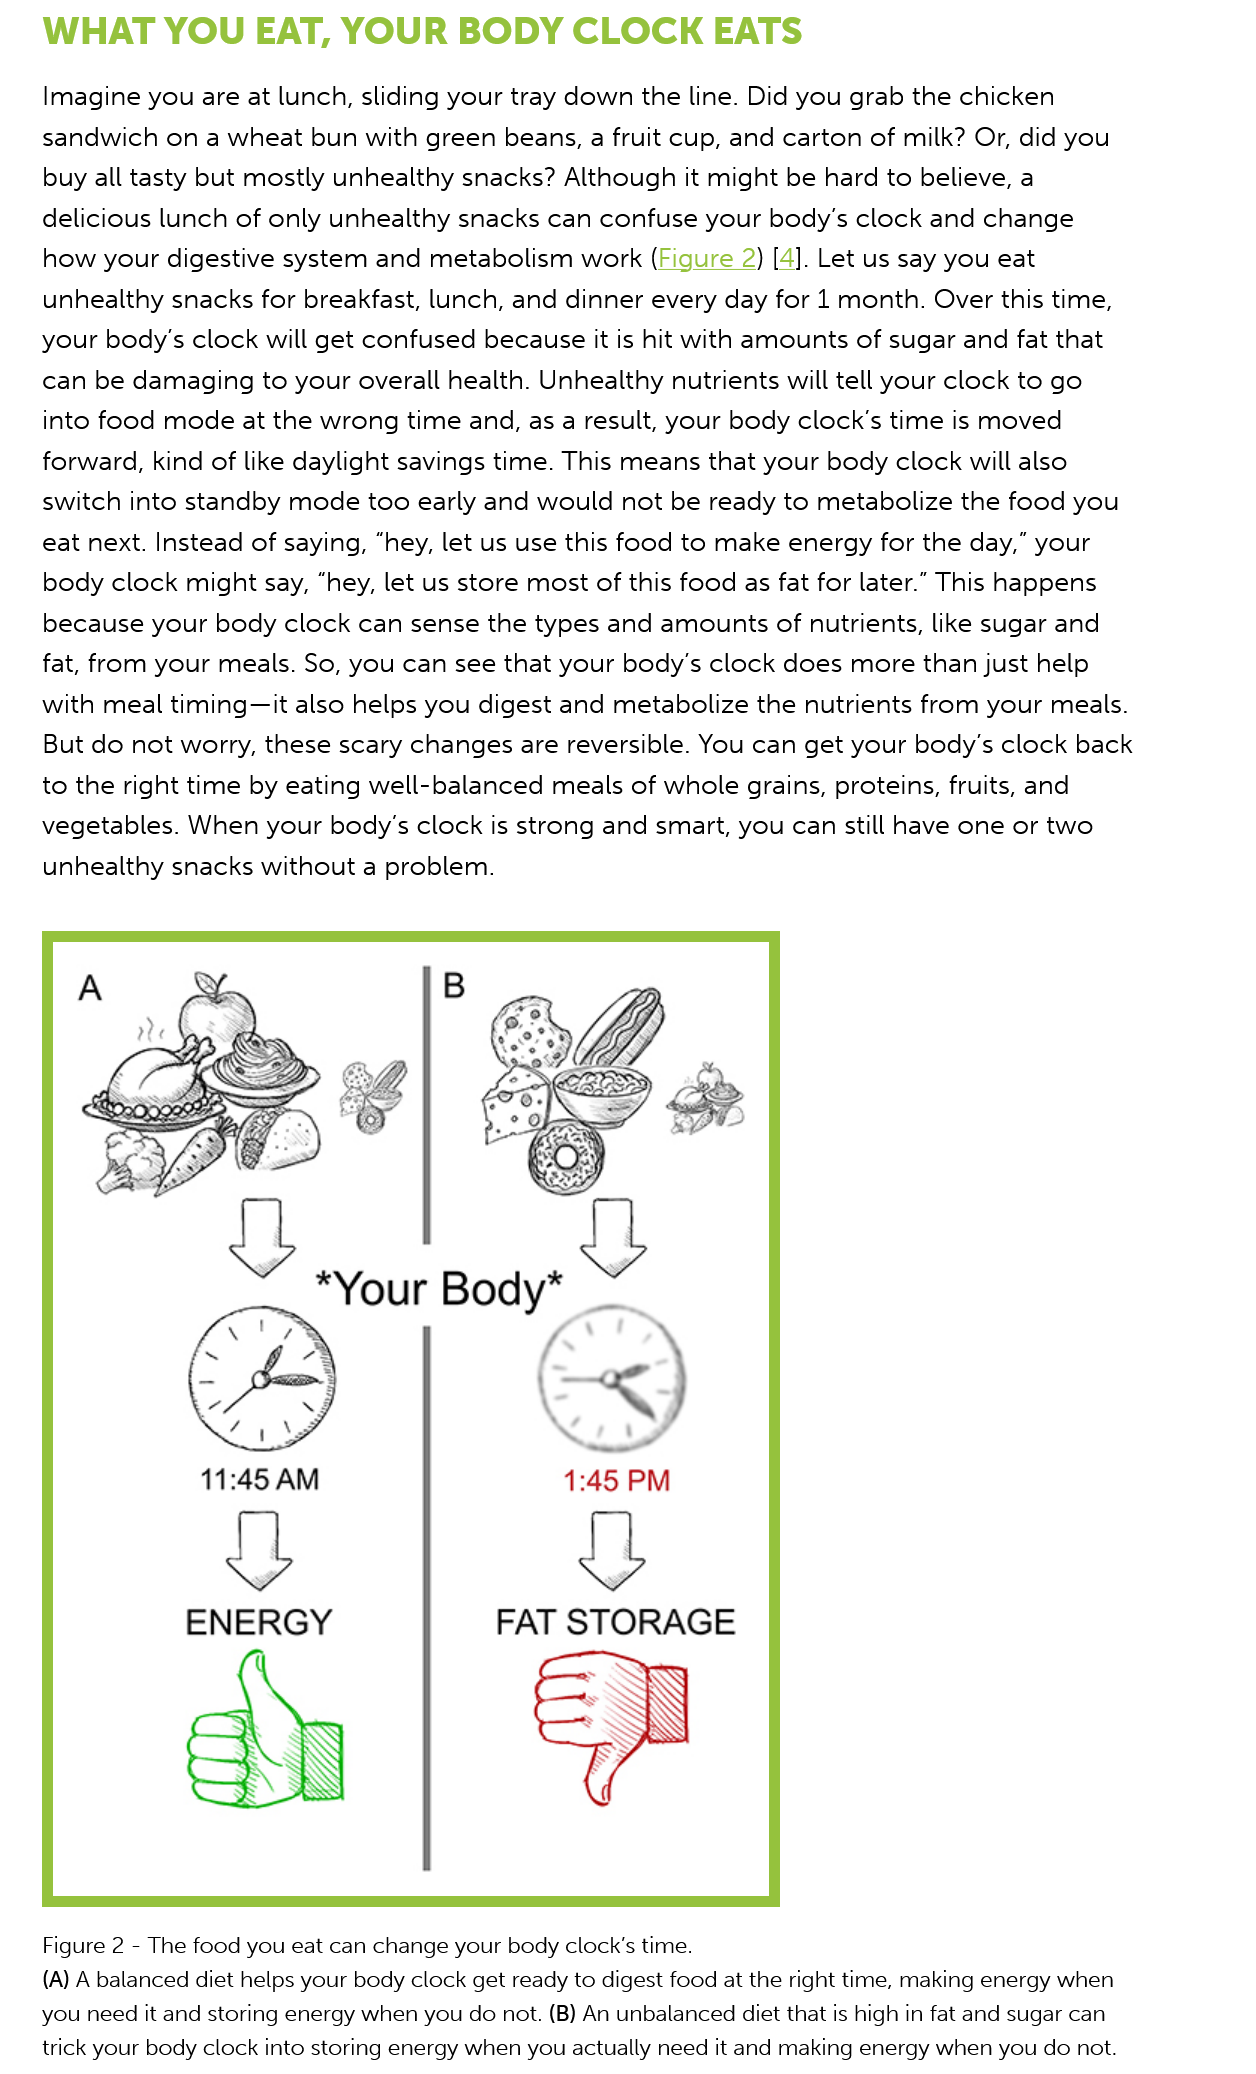
WHAT   YOU    EAT,   YOUR    BODY    CLOCK    EATS
    Imagine you are at lunch, sliding your tray down the line. Did you grab the chicken
    sandwich  on a wheat bun  with green beans, a fruit cup, and carton of milk? Or, did you
    buy all tasty but mostly unhealthy snacks? Although it might be hard to believe, a
    delicious lunch of only unhealthy snacks can confuse your body’s clock and change
    how  your digestive system and metabolism  work (Figure  2) [4]. Let us say you eat
    unhealthy snacks for breakfast, lunch, and dinner every day for 1 month. Over this time,
    your body's clock will get confused because it is hit with amounts of sugar and fat that
    can be damaging  to your overall health. Unhealthy nutrients will tell your clock to go
    into food mode at the wrong time  and, as a result, your body clock’s time is moved
    forward, kind of like daylight savings time. This means that your body clock will also
    switch into standby mode too  early and would not be ready to metabolize the food you
    eat next. Instead of saying, “hey, let us use this food to make energy for the day,” your
    body clock might say, “hey, let us store most of this food as fat for later.” This happens
    because  your body clock can sense the types and amounts of  nutrients, like sugar and
    fat, from your meals. So, you can see that your body's clock does more than just help
    with meal timing—it also helps you digest and metabolize the nutrients from your meals.
    But do not worry, these scary changes are reversible. You can get your body's clock back
    to the right time by eating well-balanced meals of whole grains, proteins, fruits, and
    vegetables. When  your body's clock is strong and smart, you can still have one or two
    unhealthy snacks without a problem.
     *Your    Body*
     11:45 AM
     ENERGY
     1:45  PM
     FAT   STORAGE
    (A) A balanced diet helps your body clock get ready to digest food at the right time, making energy when
    you need it and storing energy when you do not. (B) An unbalanced diet that is high in fat and sugar can
    trick your body clock into storing energy when you actually need it and making energy when you do not.
    Figure 2
     -
     The food you eat can change your body clock’s time.